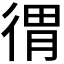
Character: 𢔥